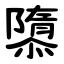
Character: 隳